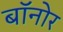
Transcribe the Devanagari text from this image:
बॉनोर